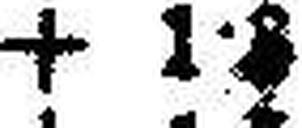
+ 1·###